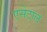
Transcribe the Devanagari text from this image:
एसेटाल